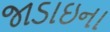
જાડાઇના